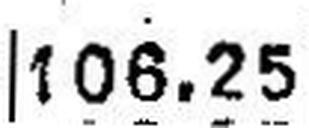
106.25